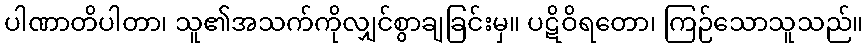
ပါဏာတိပါတာ၊ သူ၏အသက်ကိုလျှင်စွာချခြင်းမှ။ ပဋိဝိရတော၊ ကြဉ်သောသူသည်။